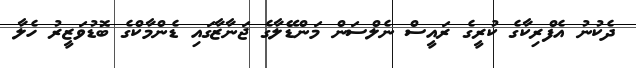
ދެކުނު އެފްރިކާގެ ކުރީގެ ރައީސް ނެލްސަން މަންޑޭލާގެ ޖަނާޒާގައި ޑެންމާކްގެ ބޮޑުވަޒީރު ހެލާ